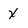
Character: x